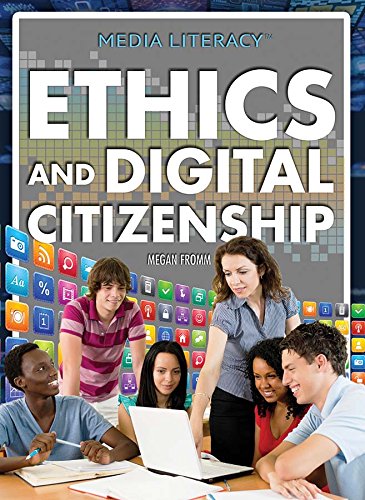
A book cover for Ethics and Digital Citizenship (Media Literacy); Megan, Ph.D. Fromm; Children's Books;